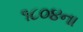
૧૮૦૪ના